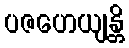
ပဇဟေယျန္တိ